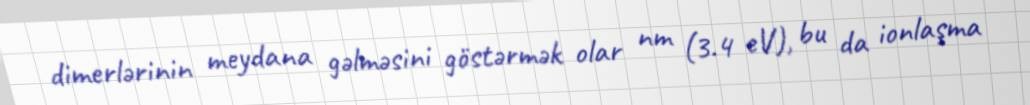
dimerlərinin meydana gəlməsini göstərmək olar nm (3.4 eV), bu da ionlaşma